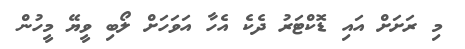
މި ރަށަށް އައި ޑޮކްޓަރު ދެކެ އެހާ އަވަހަށް ލޯބި ވީޔޭ މީހުން